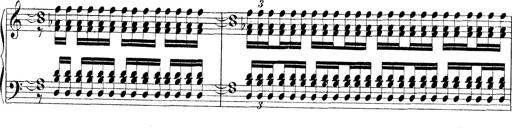
Title: Technische Studien
Composer: Franz Liszt